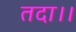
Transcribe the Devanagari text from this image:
तदा।।